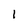
Character: 1